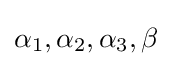
\alpha _{1},\alpha _{2},\alpha _{3},\beta